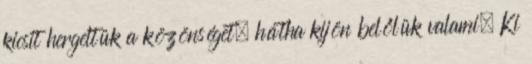
kicsit hergeltük a közönséget, hátha kijön belőlük valami. Ki